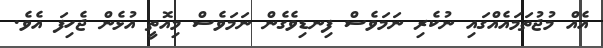
އެއް މުޖުތަމައެއްގައި ނުކެރި ނަމަވެސް ފިނޑިވެގެން ނަމަވެސް މިއޮތީ އުޅެން ޖެހިފަ އެވެ.